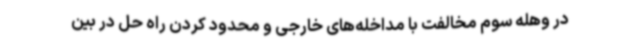
در وهله سوم مخالفت با مداخله‌های خارجی و محدود کردن راه حل در بین